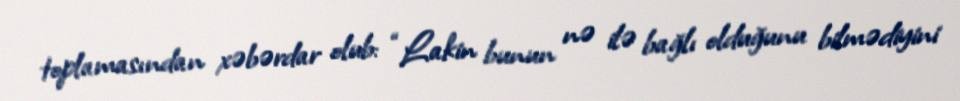
toplamasından xəbərdar olub: “Lakin bunun nə ilə bağlı olduğunu bilmədiyini